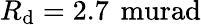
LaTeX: R_{\mathrm{d}}=2.7\, \mathrm{{\ mura\mathrm{d}}}